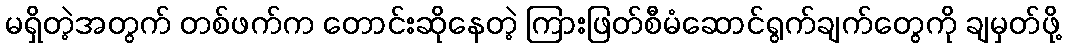
မရှိတဲ့အတွက် တစ်ဖက်က တောင်းဆိုနေတဲ့ ကြားဖြတ်စီမံဆောင်ရွက်ချက်တွေကို ချမှတ်ဖို့